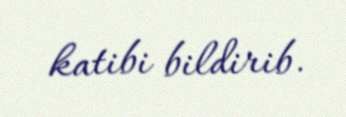
katibi bildirib.